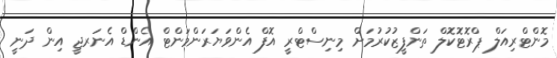
މޮންޓްރިއަލް ޕްރޮޓޮކޮލް ތަންފީޒުކުރުމަށް މިނިސްޓްރީ އޮފް އެންވަޔަރަންމަންޓް އެންޑް އެނަރޖީ އިން ދަނީ